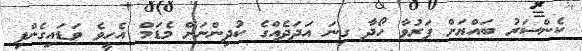
ކެންސަރު ބައްޔަށް ފަރުވާ ހޯދާ ގިނަ އަދަދެއްގެ ކުދިންނަށް މެޑަމް އެހީވެ ވަޑައިގެންފި